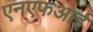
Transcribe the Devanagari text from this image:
एनएफआई